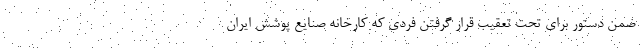
ضمن دستور برای تحت تعقیب قرار گرفتن فردی که کارخانه صنایع پوشش ایران